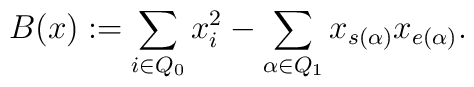
B(x) := \sum\limits_{i \in Q_0} x_i^2 - \sum\limits_{\alpha \in Q_1}	x_{s(\alpha)} x_{e(\alpha)}.